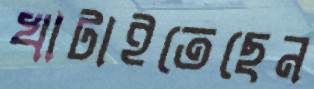
খাটাইতেছেন